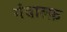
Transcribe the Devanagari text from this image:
गंदाल्फ़